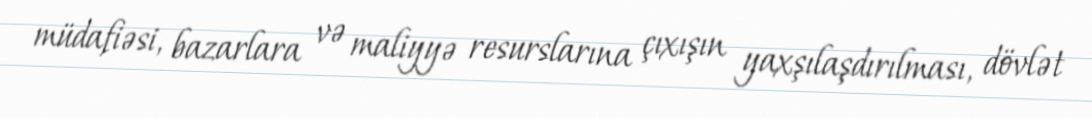
müdafiəsi, bazarlara və maliyyə resurslarına çıxışın yaxşılaşdırılması, dövlət